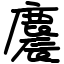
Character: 麎